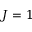
J = 1